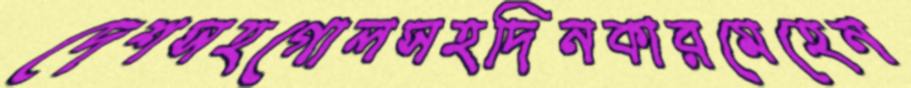
দেশসহগোলসহদিনকারমেহেন